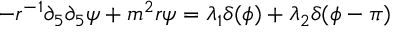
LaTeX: - r ^ { - 1 } \partial _ { 5 } \partial _ { 5 } \psi + m ^ { 2 } r \psi = \lambda _ { 1 } \delta ( \phi ) + \lambda _ { 2 } \delta ( \phi - \pi )